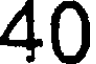
40